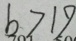
b > 1 9